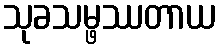
သုခသမ္ဖဿတာယ